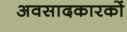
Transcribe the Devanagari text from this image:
अवसादकारकों